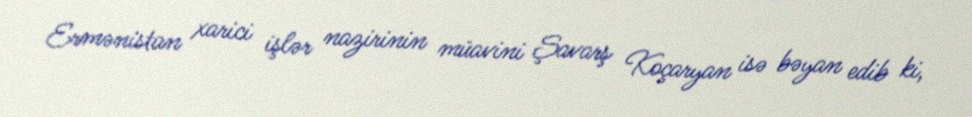
Ermənistan xarici işlər nazirinin müavini Şavarş Koçaryan isə bəyan edib ki,